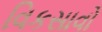
વિકસાવો